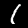
Digit: 1